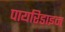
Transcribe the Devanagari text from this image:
पायरिडाइन